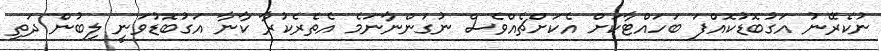
ނުކެރޭނު އަގުބޮޑުކޮއްފަ ބަހައްޓާކަށް އެކަށްޗެއްވެސް ނުގަންނާނަމެ އެތެރެކުރާ ކާނާ އަގުބޮޑުވަނީ ލިބުން ދަތި